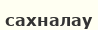
сахналау